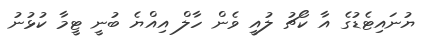
ޔުނައިޓެޑުގެ އާ ކޯޗު ލުއީ ވެން ހާލް އިއްޔެ ބުނީ ޓީމާ ކުޅުނު